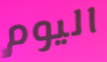
اليوم